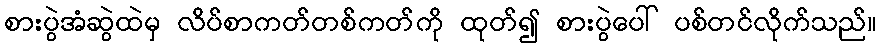
စားပွဲအံဆွဲထဲမှ လိပ်စာကတ်တစ်ကတ်ကို ထုတ်၍ စားပွဲပေါ် ပစ်တင်လိုက်သည်။